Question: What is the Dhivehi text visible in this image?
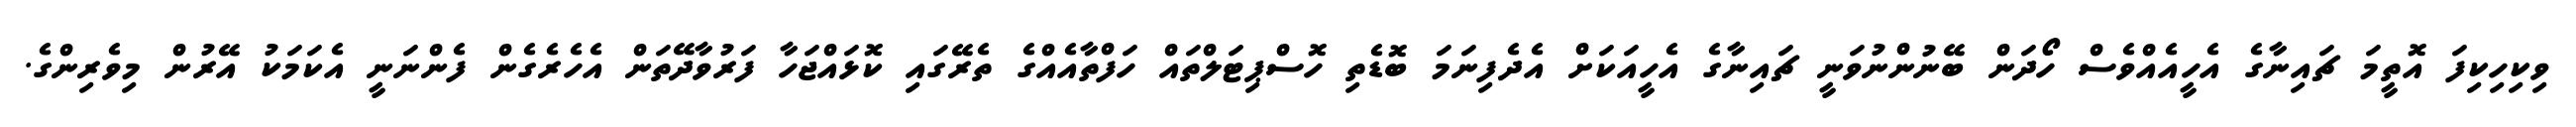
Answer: ވިކިހިކިފަ އޮތީމަ ޗައިނާގެ އެހީއެއްވެސް ހޯދަން ބޭނުންނުވަނީ ޗައިނާގެ އެހީއަކަށް އެދެފިނަމަ ބޮޑެތި ހޮސްޕިޓަލްތައް ހަފްތާއެއްގެ ތެރޭގައި ކޮޅައްޖަހާ ފަރުވާދޭތަން އެހެރެގެން ފެންނަނީ އެކަމަކު އޭރުން މިވެރިންގެ.